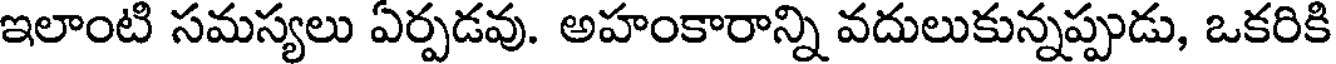
ఇలాంటి సమస్యలు ఏర్పడవు. అహంకారాన్ని వదులుకున్నప్పుడు, ఒకరికి